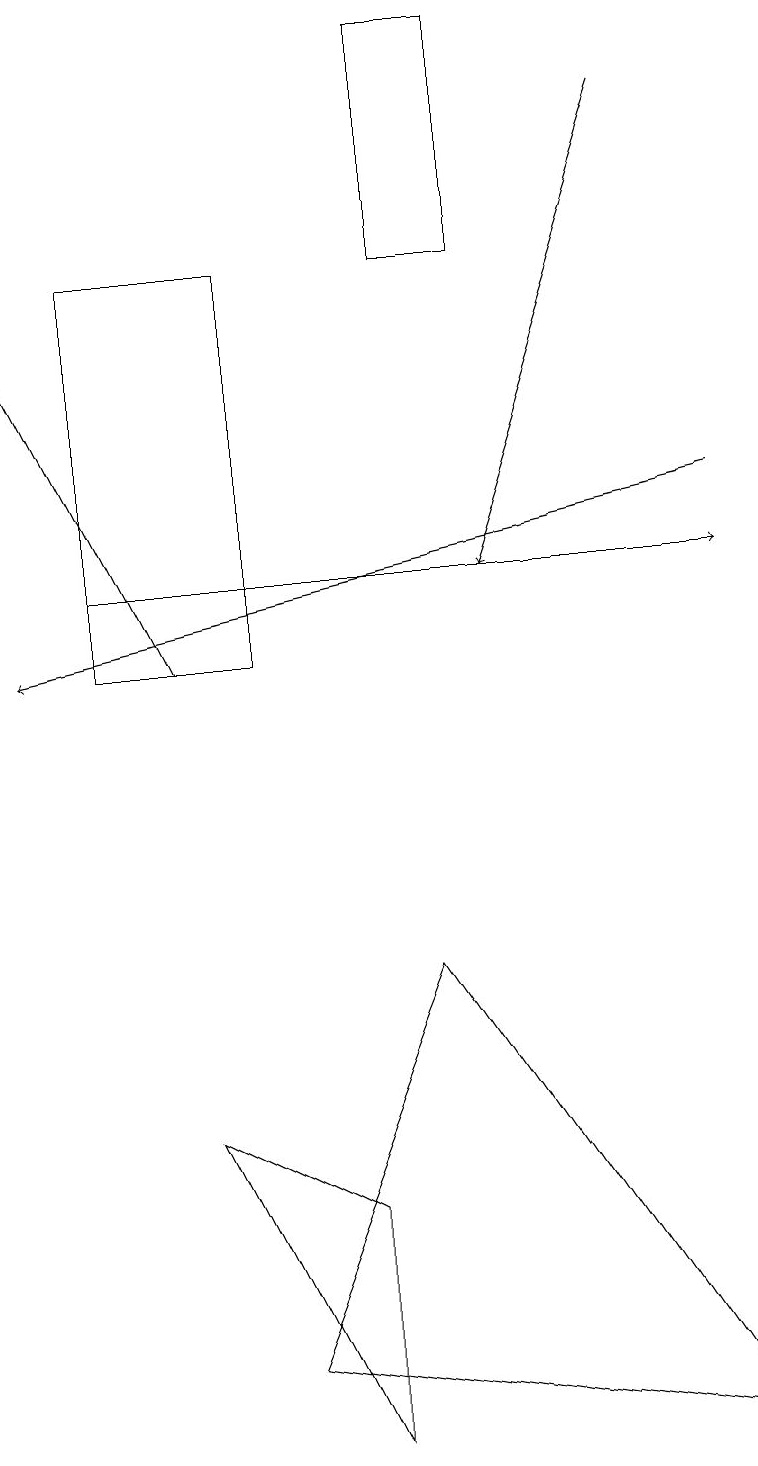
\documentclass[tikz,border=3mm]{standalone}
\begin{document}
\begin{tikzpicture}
\draw (9,1) -- (5,7) -- (3,2) -- cycle;
\draw (4,1) -- (4,4) -- (2,5) -- cycle;
\draw (1,11) rectangle (3,16);
\draw[->] (2,11) -- (0,15);
\draw[->] (8,18) -- (6,12);
\draw (6,19) rectangle (5,16);
\draw[->] (9,13) -- (0,11);
\draw[->] (1,12) -- (9,12);
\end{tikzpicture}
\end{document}